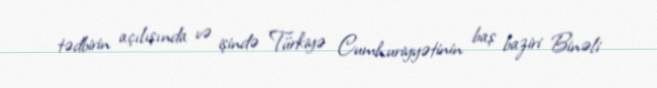
tədbirin açılışında və işində Türkiyə Cumhuriyyətinin baş baziri Binəli